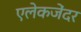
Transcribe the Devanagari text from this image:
एलेकजेंदर